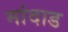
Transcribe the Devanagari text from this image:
मांदाड